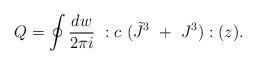
LaTeX: \begin{align*}Q=\oint{dw\over2\pi i}~:c~(\tilde J^3~+~J^3):(z).\end{align*}